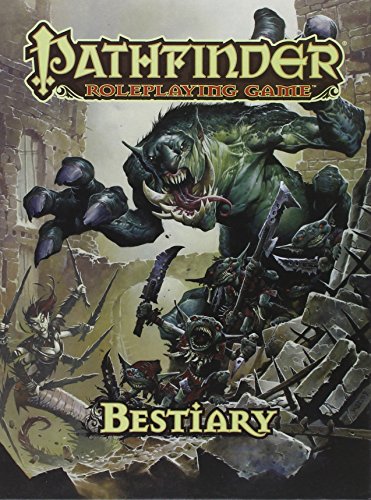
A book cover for Pathfinder Roleplaying Game: Bestiary 1; Jason Bulmahn; Science Fiction & Fantasy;